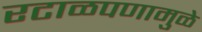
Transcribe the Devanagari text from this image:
रटाळपणामुळे